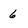
Character: 6